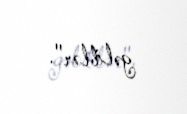
gəliblər".